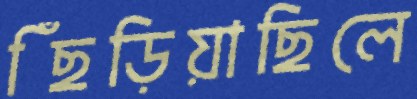
ছিঁড়িয়াছিলে